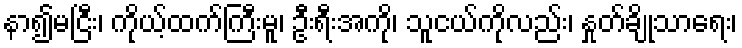
နာ၍မငြီး၊ ကိုယ့်ထက်ကြီးမူ၊ ဦးရီးအကို၊ သူငယ်ကိုလည်း၊ နှုတ်ချိုသာရေး၊